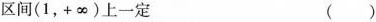
区间(1，+\infty)上一定 ()